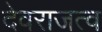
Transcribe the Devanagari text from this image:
देवराजत्व